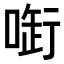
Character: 𠷢